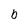
Character: b